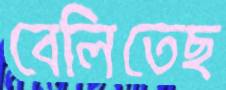
বেলিতেছ